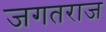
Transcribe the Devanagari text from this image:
जगतराज